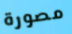
مصورة